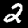
Digit: 2